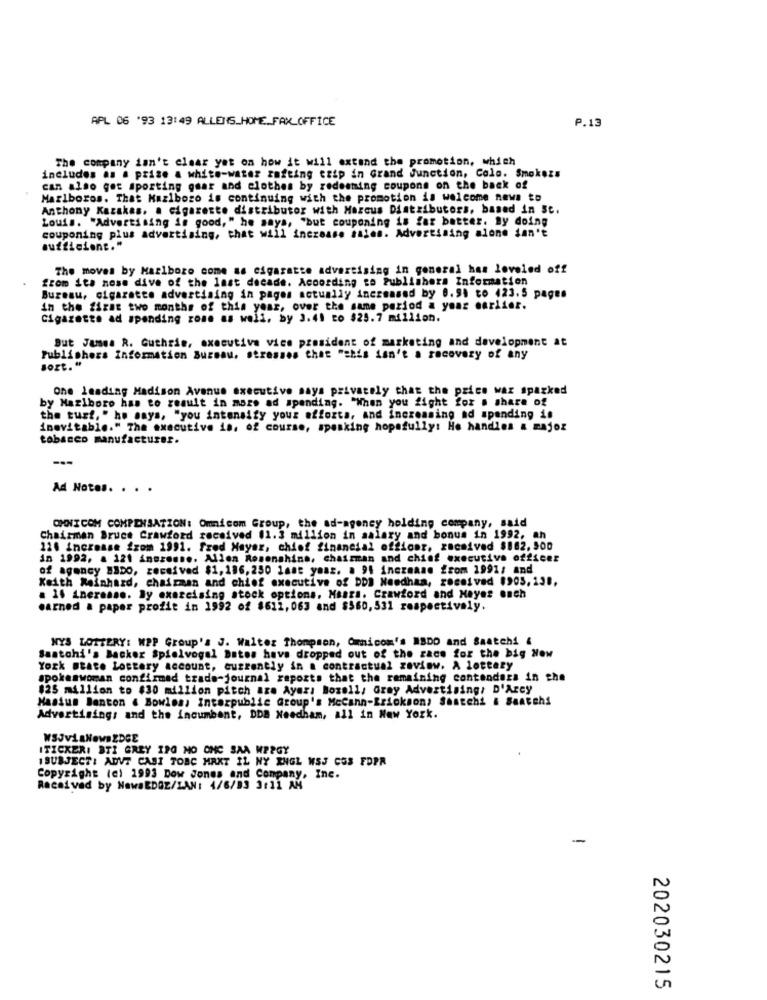
APL 06 '93 13:49 ALLENS_HOME_FAX_OFFICE
P.13
The company isn't clear yat on how it will extend the promotion, which
includes as a prize a white-water rafting trip in Grand Junction, Colo. Smokezs
can also get sporting gear and clothes by redeeming coupons on the back of
Marlboros. That Maziboro is continuing with the promotion is welcome news to
Anthony Kazakas. a cigarette distributor with Marcus Distributors, based in St.
Louis. "Advertising in good, " he says, "but couponing is far batter. By doing
couponing plus advertising, that will increase sales. Advertising alone don't
sufficient."
The moves by Marlboro come as cigarette advertising in general has loveled off
from its nose dive of the last decade. According to Publishers Information
Bureau, cigarette advertising in pages actually increased by 0.9. to 423.5 pages
in the first two months of this year, over the same period a year earlier.
Cigarette ad spending zone as well, by 3.41 to $25.7 million.
But Justa R. Guthrie, executive vice president of marketing and development at
Publishers Information Bureau, stresses that "shis isn't a recovery of any
sort. "
one leading Madison Avenue executive says privately that the price war sparked
by Marlboro has to result in mors ad spending. "When you fight for a share of
the tust, " he says, "you intensify your efforts, and increasing ad spending is
inevitable." The executive is, of course, speaking hopefully: He handlen a major
tobacco manufacturer.
Ad Notes. . . .
OHNICOM COMPENSATION: Omnicom Group, the ad-agency holding company, said
chairman Bruce Crawford received (1.3 million in salary and bonus in 1992, an
110 increase from 1991. fred Mayer, chief financial officer, received $182,500
in 1992, a 121 inezesse. Allen Rosenahino, chairman and chief executive officer
of agency B3DO, received $1,186, 250 last year. a 91 increase from 1991; and
Keith Reinhard, chairman and chief executive of DDB Needham, received 1905,138,
. 16 inerasse. ly exercising stock options. Masza. Crawford and Mayes ench
earned a paper profit in 1992 of 8611, 063 and $560, 531 respectively.
NYS LOTTERY: MPP Group's J. Walter Thompson, Omnicom's MBDO and Saatchi &
Saatchi 's Backer Spielvogal Datos have dropped out of the zacs for the big New
York state Lottery account, currently in a contractual zavinw. A lottery
spokeswoman confirmed trade-journal reports that the remaining contenders in the
$25 million to $30 million pitch aze Ayarı Bozell, Gray Advertising/ D'Arcy
Hastum Banton . Bowles, Interpublic Group's Mccann-Erickson, Saatchi & Saatchi
Advertising: and the incumbent, DDB Needham, all in New York.
ITICKERI STI GREY ING MO OHC SAA MPPGY
ISUBJECT: ADVT CASI TOBC MAKT IL NY ENGL WSJ CUS FDPR
Copyright (c) 1993 Dow Jones and Company, Inc.
Received by NawaEDGE/ZAN: 4/6/83 3:11 AM
-
202030215